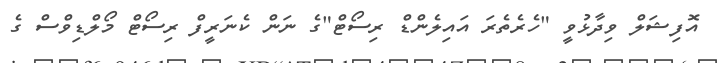
އޮފިޝަލް ވިދާޅުވީ "ހެރެތެރަ އައިލެންޑް ރިސޯޓް"ގެ ނަން ކެނަރީފް ރިސޯޓް މޯލްޑިވްސް ގެ